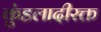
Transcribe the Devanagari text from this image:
कुंडलादीरक्त